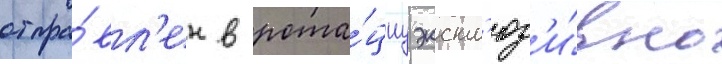
отпра́вл'ен в рота́циу экскл'юз'и́вно